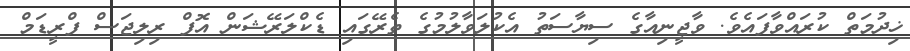
ޚިދުމަތް ކުރައްވާފައެވެ. ވާޖީނިއާގެ ސިޔާސަތު އެކުލަވާލުމުގެ ތެރޭގައި ޑެކްލަރޭޝަން އޮފް ރިލިޖަސް ފްރީޑަމް